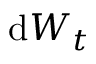
{ \mathrm { d } } W _ { t }